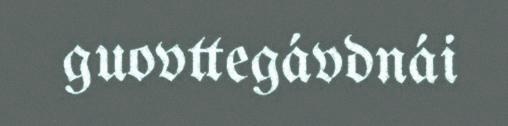
guovttegávdnái